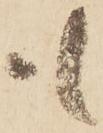
も